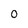
Character: O